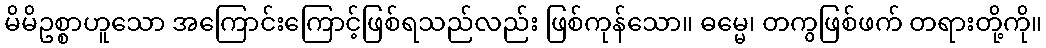
မိမိဥစ္စာဟူသော အကြောင်းကြောင့်ဖြစ်ရသည်လည်း ဖြစ်ကုန်သော။ ဓမ္မေ၊ တကွဖြစ်ဖက် တရားတို့ကို။